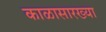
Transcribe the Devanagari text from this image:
काळासारख्या